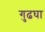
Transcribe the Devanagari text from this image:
गुढघा